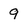
Character: 9